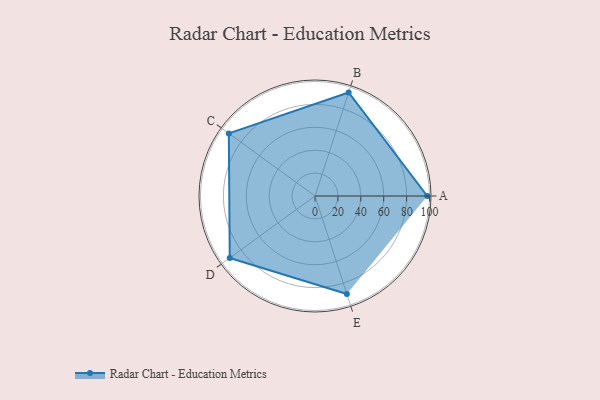
{"axis": {"x": "Skill", "y": "Score"}, "legend": ["Profile"], "data": [{"x": "A", "y": 98.0, "type": "Profile"}, {"x": "B", "y": 95.0, "type": "Profile"}, {"x": "C", "y": 93.0, "type": "Profile"}, {"x": "D", "y": 92.0, "type": "Profile"}, {"x": "E", "y": 90.0, "type": "Profile"}]}